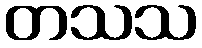
တသသ